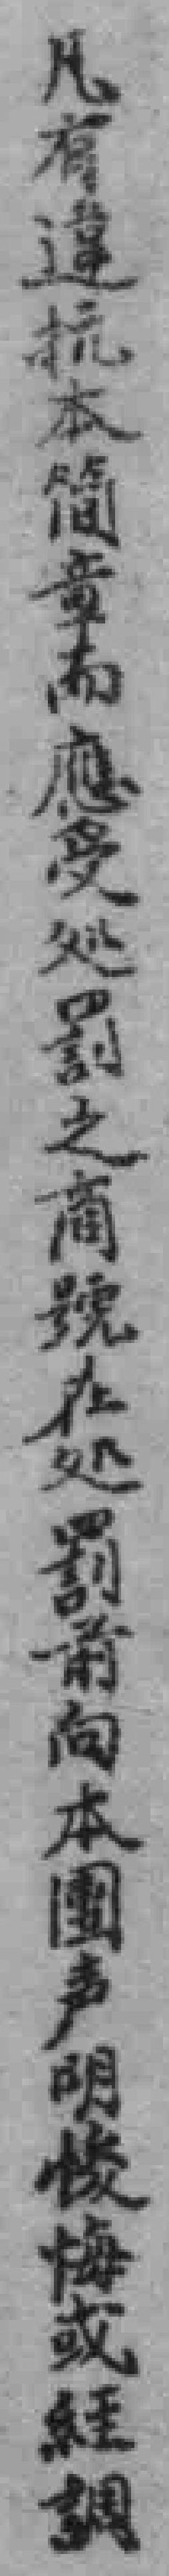
凡有違抗本简章而應受処罰之商號在処罰前向本團声明後悔或經調